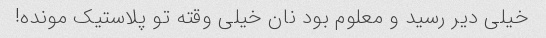
خیلی دیر رسید و معلوم بود نان خیلی وقته تو پلاستیک مونده!